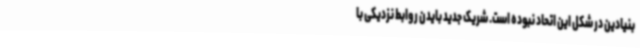
بنیادین در شکل این اتحاد نبوده است. شریک جدید بایدن روابط نزدیکی با